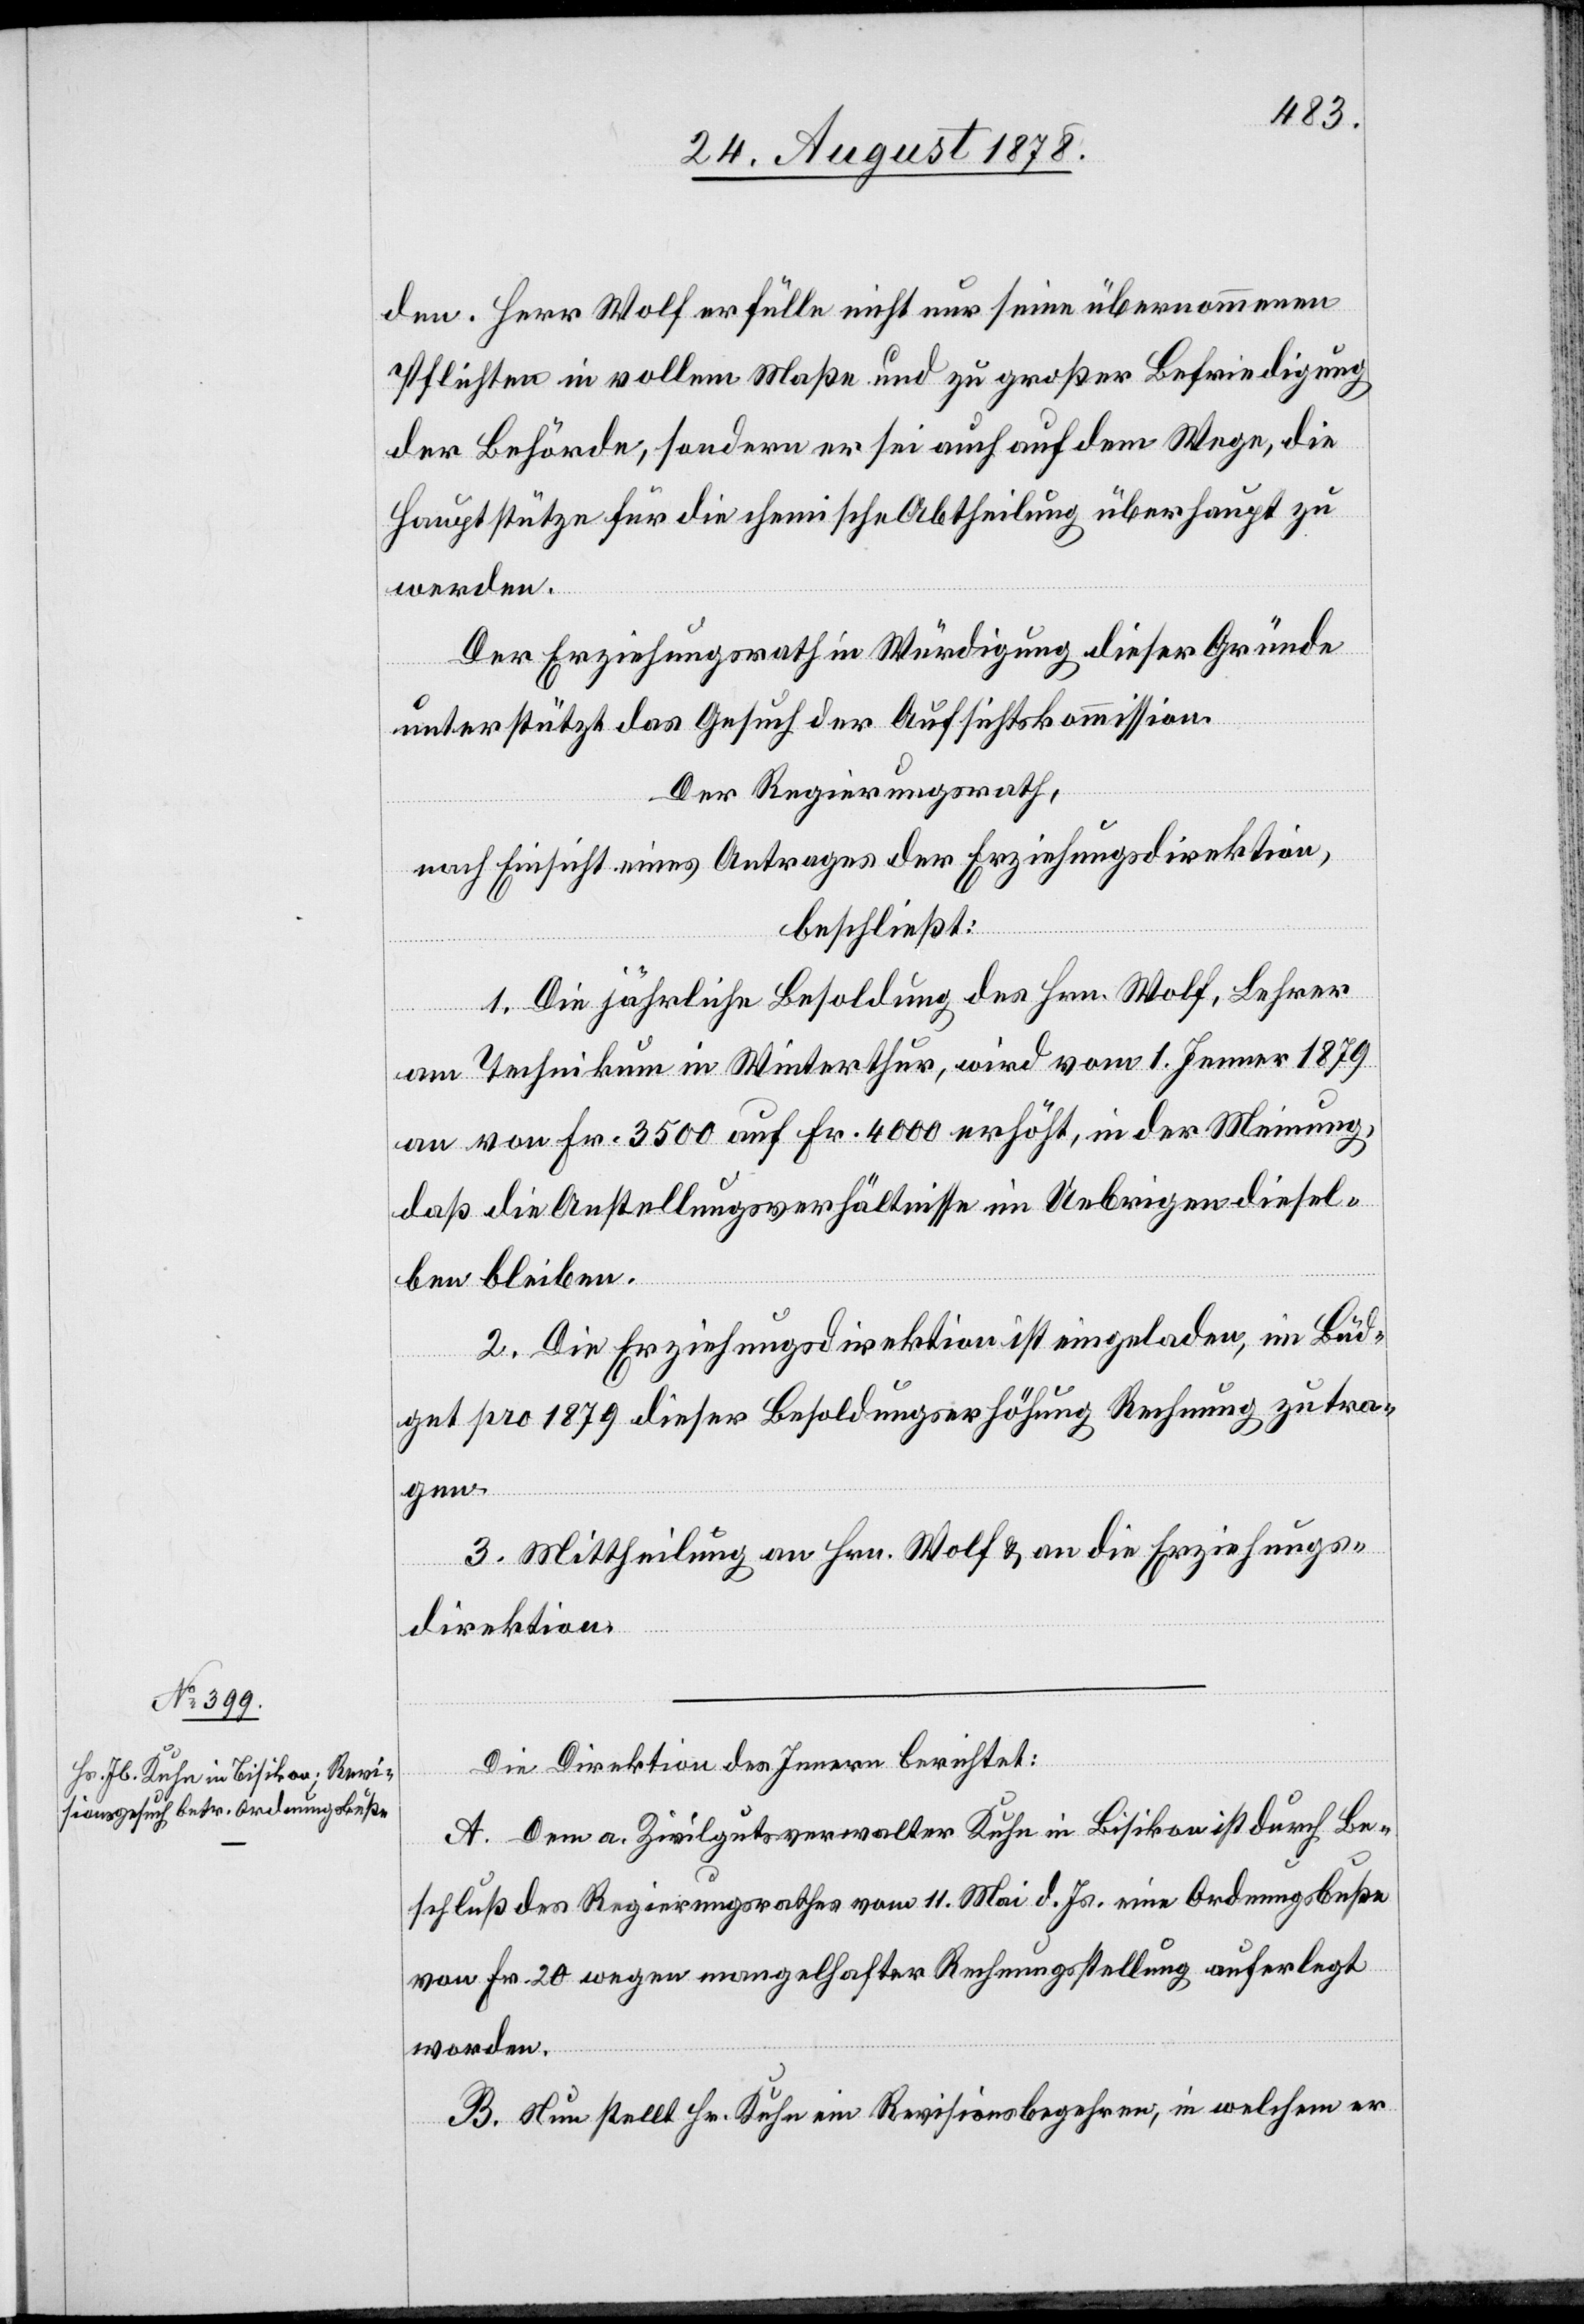
den. Herr Wolf erfülle nicht nur seine übernommenen
Pflichten in vollem Maße und zu großer Befriedigung
der Behörde, sondern er sei auch auf dem Wege, die
Hauptstütze für die chemische Abtheilung überhaupt zu
werden.
Der Erziehungsrath in Würdigung dieser Gründe
unterstützt das Gesuch der Aufsichtskommission.
Der Regierungsrath,
nach Einsicht eines Antrages der Erziehungsdirektion,
beschließt:
1. Die jährliche Besoldung des Hrn. Wolf, Lehrer
am Technikum in Winterthur, wird vom 1. Jenner 1879
an von Fr. 3500 auf Fr. 4000 erhöht, in der Meinung,
daß die Anstellungsverhältnisse im Uebrigen diesel¬
ben bleiben.
2. Die Erziehungsdirektion ist eingeladen, im Büd¬
get pro 1879 dieser Besoldungserhöhung Rechnung zu tra¬
gen.
3. Mittheilung an Hrn. Wolf & an die Erziehungs¬
direktion.
Die Direktion des Innern berichtet:
A. Dem a. Zivilgutsverwalter Kuhn in Bisikon ist durch Be¬
schluß des Regierungsrathes vom 11. Mai d. Js. eine Ordnungsbuße
von Fr. 20 wegen mangelhafter Rechnungsstellung auferlegt
worden.
B. Nun stellt Hr. Kuhn ein Revisionsbegehren, in welchem er